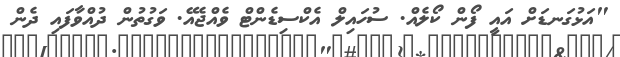
"އަޅުގަނޑަށް އައީ ފޯން ކޯލެއް. ސުހައިލް އެކްސިޑެންޓް ވެއްޖެއޭ. ވަގުތުން ދުއްވާފައި ދެން